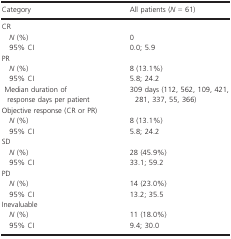
<table><thead><tr><td><b>Category</b></td><td><b>All patients (<i>N</i>=61)</b></td></tr></thead><tbody><tr><td colspan="2">CR</td></tr><tr><td> <i>N</i> (%)</td><td>0</td></tr><tr><td> 95% CI</td><td>0.0; 5.9</td></tr><tr><td colspan="2">PR</td></tr><tr><td> <i>N</i> (%)</td><td>8 (13.1%)</td></tr><tr><td> 95% CI</td><td>5.8; 24.2</td></tr><tr><td>Median duration of response days per patient</td><td>309days (112, 562, 109, 421, 281, 337, 55, 366)</td></tr><tr><td colspan="2">Objective response (CR or PR)</td></tr><tr><td> <i>N</i> (%)</td><td>8 (13.1%)</td></tr><tr><td> 95% CI</td><td>5.8; 24.2</td></tr><tr><td colspan="2">SD</td></tr><tr><td> <i>N</i> (%)</td><td>28 (45.9%)</td></tr><tr><td> 95% CI</td><td>33.1; 59.2</td></tr><tr><td colspan="2">PD</td></tr><tr><td> <i>N</i> (%)</td><td>14 (23.0%)</td></tr><tr><td> 95% CI</td><td>13.2; 35.5</td></tr><tr><td colspan="2">Inevaluable</td></tr><tr><td> <i>N</i> (%)</td><td>11 (18.0%)</td></tr><tr><td> 95% CI</td><td>9.4; 30.0</td></tr></tbody></table>